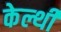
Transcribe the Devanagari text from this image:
केल्थी